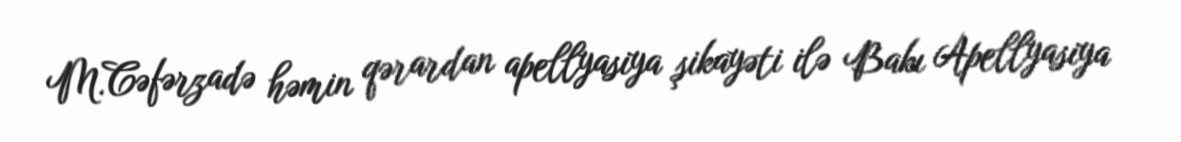
M.Cəfərzadə həmin qərardan apellyasiya şikayəti ilə Bakı Apellyasiya